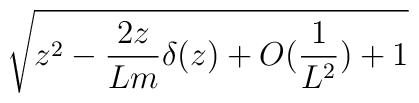
\sqrt{z^{2}-\frac{2z}{Lm}\delta (z)+O(\frac{1}{L^{2}})+1}